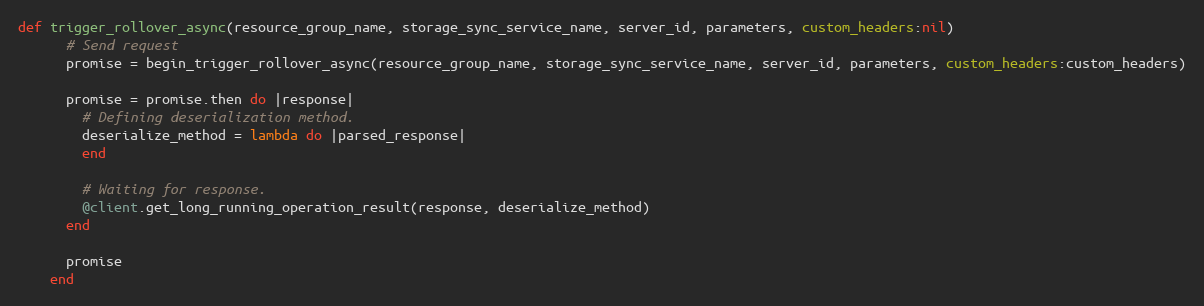
Language: Ruby
def trigger_rollover_async(resource_group_name, storage_sync_service_name, server_id, parameters, custom_headers:nil)
      # Send request
      promise = begin_trigger_rollover_async(resource_group_name, storage_sync_service_name, server_id, parameters, custom_headers:custom_headers)

      promise = promise.then do |response|
        # Defining deserialization method.
        deserialize_method = lambda do |parsed_response|
        end

        # Waiting for response.
        @client.get_long_running_operation_result(response, deserialize_method)
      end

      promise
    end